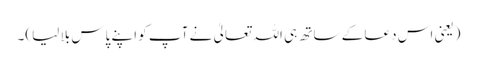
(یعنی اس دعا کے ساتھ ہی اللہ تعالیٰ نے آپ کو اپنے پاس بلا لیا)۔